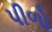
પીળો